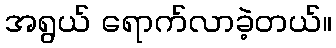
အရွယ် ရောက်လာခဲ့တယ်။